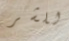
للشر